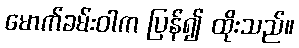
မောက်ခမ်းဝါက ပြန်၍ ထိုးသည်။